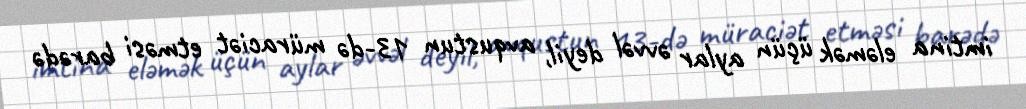
imtina eləmək üçün aylar əvvəl deyil, avqustun 13-də müraciət etməsi barədə